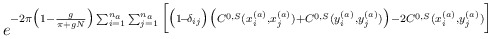
\begin{align*}e^{ -2\pi\big(1-\frac{g}{\pi+gN}\big)\sum_{i=1}^{n_a}\sum_{j=1}^{n_a}\Big[\big(1\!-\!\delta_{ij}\big)\big(C^{0,S}(x_i^{(a)},x_j^{(a)})+C^{0,S}(y_i^{(a)},y_j^{(a)})\big)-2C^{0,S}(x_i^{(a)},y_j^{(a)}) \Big] }\end{align*}